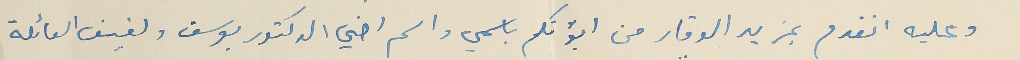
وعليه اتقدم بمزيد الوقار من ابوّتكم باسمي واسم اخي الدكتور يوسف ولفيف العائلة